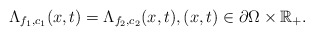
\begin{align*} \Lambda_{f_1,c_1}(x,t)=\Lambda_{f_2,c_2}(x,t),(x,t)\in\partial \Omega\times\mathbb{R}_+.\end{align*}